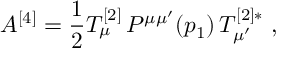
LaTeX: { \cal A } ^ { [ 4 ] } = \frac { 1 } { 2 } { \cal T } _ { \mu } ^ { [ 2 ] } \, P ^ { \mu \mu ^ { \prime } } ( p _ { 1 } ) \, { \cal T } _ { \mu ^ { \prime } } ^ { [ 2 ] * } \, \, ,